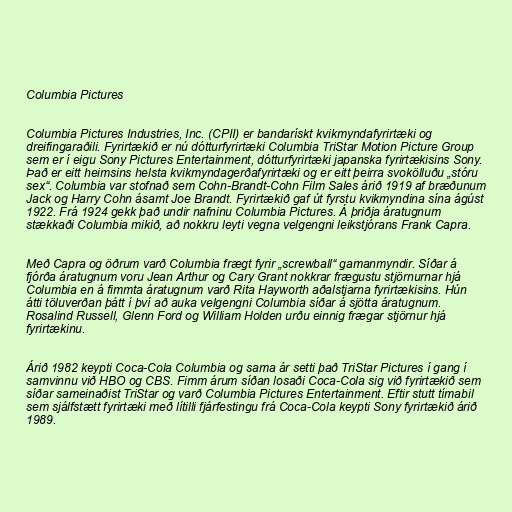
Columbia Pictures

Columbia Pictures Industries, Inc. (CPII) er bandarískt kvikmyndafyrirtæki og
dreifingaraðili. Fyrirtækið er nú dótturfyrirtæki Columbia TriStar Motion Picture Group
sem er í eigu Sony Pictures Entertainment, dótturfyrirtæki japanska fyrirtækisins Sony.
Það er eitt heimsins helsta kvikmyndagerðafyrirtæki og er eitt þeirra svokölluðu „stóru
sex“. Columbia var stofnað sem Cohn-Brandt-Cohn Film Sales árið 1919 af bræðunum
Jack og Harry Cohn ásamt Joe Brandt. Fyrirtækið gaf út fyrstu kvikmyndina sína ágúst
1922. Frá 1924 gekk það undir nafninu Columbia Pictures. Á þriðja áratugnum
stækkaði Columbia mikið, að nokkru leyti vegna velgengni leikstjórans Frank Capra.

Með Capra og öðrum varð Columbia frægt fyrir „screwball“ gamanmyndir. Síðar á
fjórða áratugnum voru Jean Arthur og Cary Grant nokkrar frægustu stjörnurnar hjá
Columbia en á fimmta áratugnum varð Rita Hayworth aðalstjarna fyrirtækisins. Hún
átti töluverðan þátt í því að auka velgengni Columbia síðar á sjötta áratugnum.
Rosalind Russell, Glenn Ford og William Holden urðu einnig frægar stjörnur hjá
fyrirtækinu.

Árið 1982 keypti Coca-Cola Columbia og sama ár setti það TriStar Pictures í gang í
samvinnu við HBO og CBS. Fimm árum síðan losaði Coca-Cola sig við fyrirtækið sem
síðar sameinaðist TriStar og varð Columbia Pictures Entertainment. Eftir stutt tímabil
sem sjálfstætt fyrirtæki með lítilli fjárfestingu frá Coca-Cola keypti Sony fyrirtækið árið
1989.